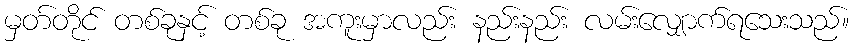
မှတ်တိုင် တစ်ခုနှင့် တစ်ခု အကူးမှာလည်း နည်းနည်း လမ်းလျှောက်ရသေးသည်။